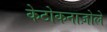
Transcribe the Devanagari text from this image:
केटोकनाज़ोले